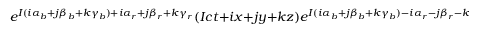
e ^ { { \cal I } ( i \alpha _ { b } + j \beta _ { b } + k \gamma _ { b } ) + i \alpha _ { r } + j \beta _ { r } + k \gamma _ { r } } ( { \cal I } c t + i x + j y + k z ) e ^ { { \cal I } ( i \alpha _ { b } + j \beta _ { b } + k \gamma _ { b } ) - i \alpha _ { r } - j \beta _ { r } - k \gamma _ { r } } \; \; .